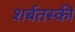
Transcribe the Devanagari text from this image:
शर्बतस्की